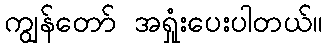
ကျွန်တော် အရှုံးပေးပါတယ်။